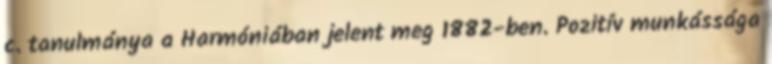
c. tanulmánya a Harmóniában jelent meg 1882-ben. Pozitív munkássága